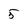
Character: 5